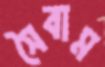
সৈবাম